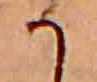
か